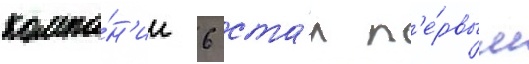
компа́н'ии 6 ста́л п'е́рвым